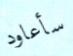
سأعاود